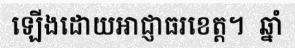
ឡើងដោយអាជ្ញាធរខេត្ត។  ឆ្នាំ